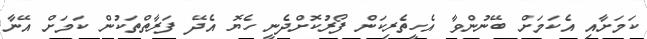
ކަމަށާއި އެކަމަށް ބޭނުންވާ އެހީތެރިކަން ފޯރުކޮށްދެނީ ހެޔޮ އެދޭ ފަރާތްތަކުން ކަމަށް އޭނާ